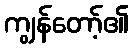
ကျွန်တော့်၏